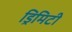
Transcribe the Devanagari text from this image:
ड्रिमिटी